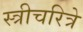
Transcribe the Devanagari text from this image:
स्त्रीचरित्रे